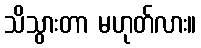
သိသွားတာ မဟုတ်လား။